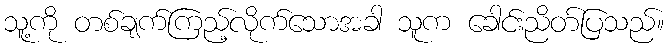
သူ့ကို တစ်ချက်ကြည့်လိုက်သောအခါ သူက ခေါင်းညိတ်ပြသည်။